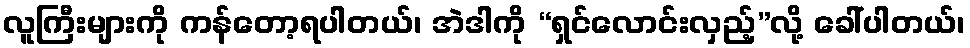
လူကြီးများကို ကန်တော့ရပါတယ်၊ အဲဒါကို “ရှင်လောင်းလှည့်”လို့ ခေါ်ပါတယ်၊